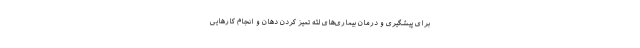
برای پیشگیری و درمان بیماری‌های لثه تمیز کردن دهان و انجام کارهایی